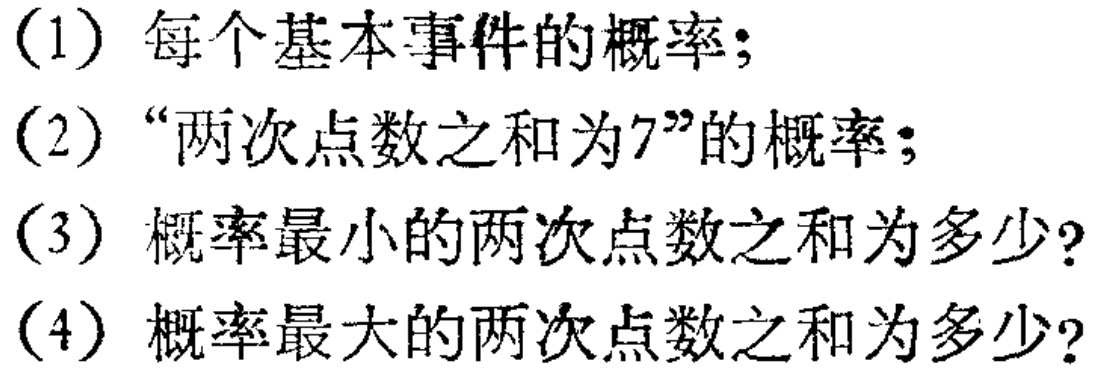
(1) 每个基本事件的概率；

(2) “两次点数之和为7”的概率；

(3) 概率最小的两次点数之和为多少?

(4) 概率最大的两次点数之和为多少?